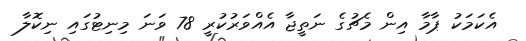
އެކަމަކު ޕާމާ އިން މެޗުގެ ނަތީޖާ އެއްވަރުކުރީ 78 ވަނަ މިނިޓުގައި ނިކޮލާ